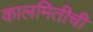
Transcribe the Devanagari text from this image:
कालमितीची